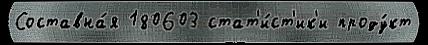
Составна́я 180603 стат'и́ст'ик'и проду́кт